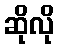
ဆိုလို